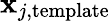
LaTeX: \boldsymbol{\mathbf{x}}_{j,\mathrm{{template}}}